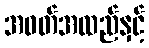
အဝတ်အထည်နှင့်